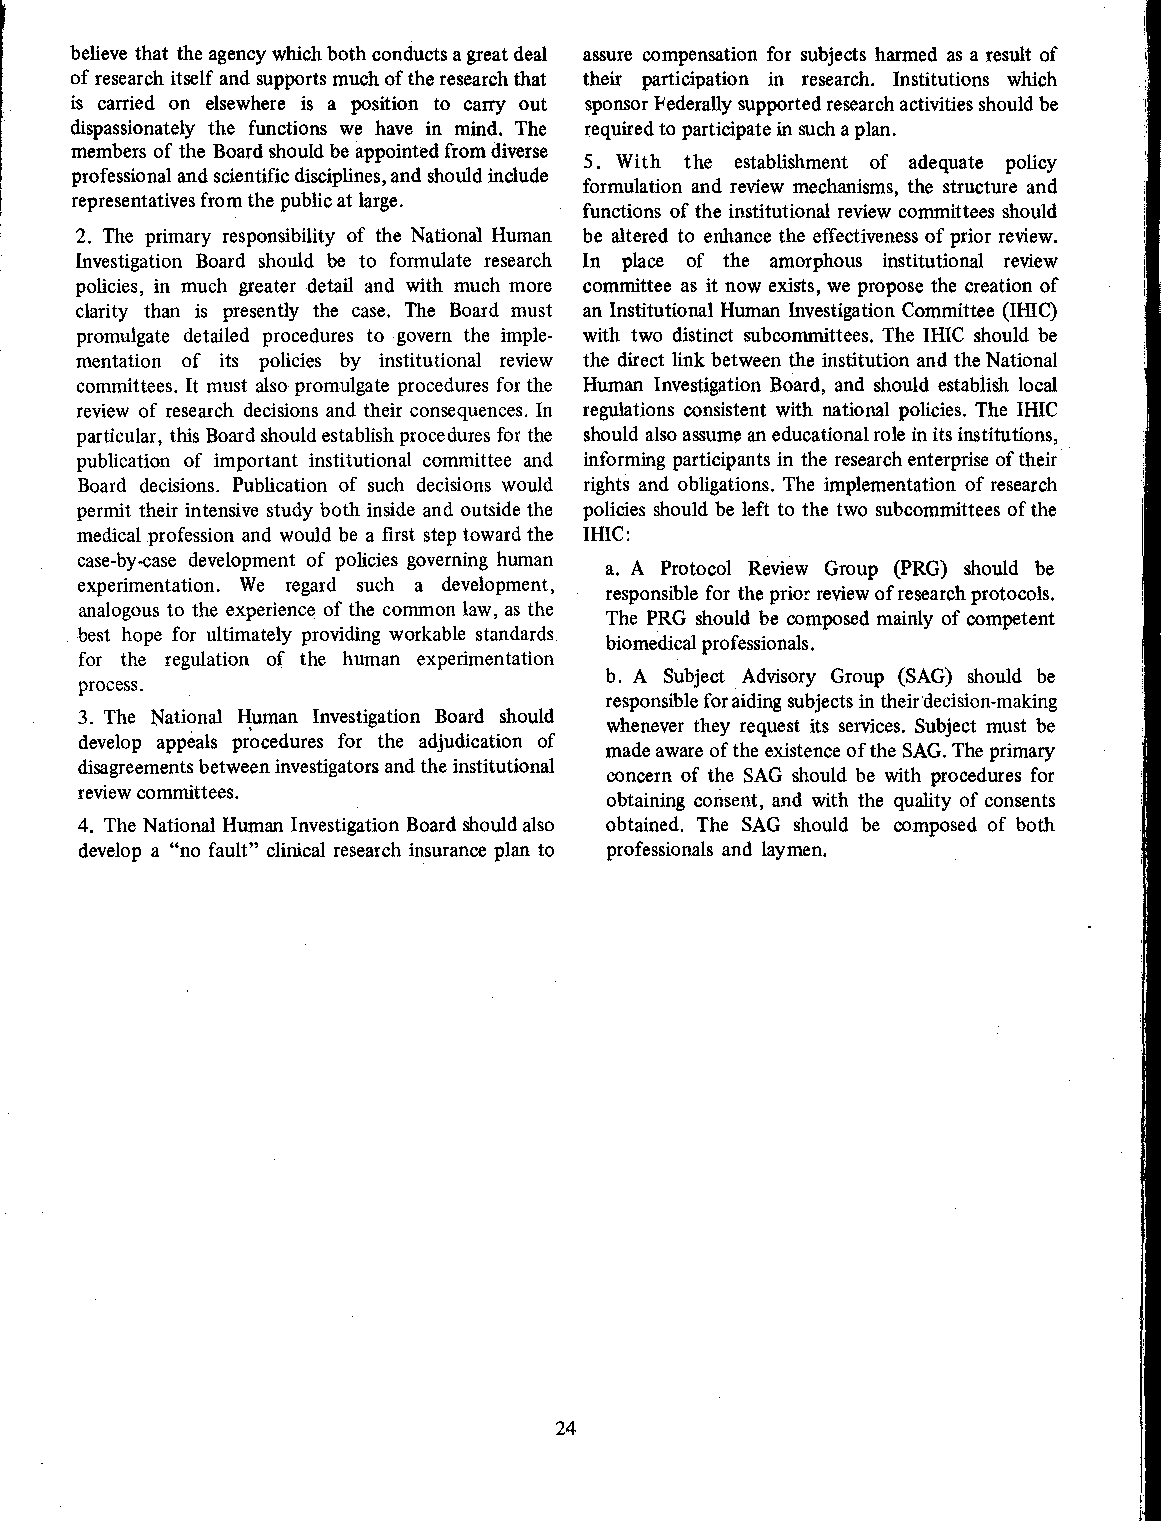
believe that the agency which both conducts a great deal assure compensation for subjects harmed as a result of
 of research itself and supports much of the research that their participation in research. Institutions which
 is carried on elsewhere is a position to carry out sponsor Federally supported research activities should be
 dispassionately the functions we have in mind . The required to participate in such a plan.
 members of the Board should be appointed from diverse
 5. With the establishment of adequate policy
 professional and scientific disciplines, and should include
 formulation and review mechanisms, the structure and
 representatives from the public at large.
 functions of the institutional review committees should
 2. The primary responsibility of the National Human be altered to enhance the effectiveness of prior review.
 Investigation Board should be to formulate research In place of the amorphous institutional review
 policies, in much greater detail and with much more committee as it now exists, we propose the creation of
 clarity than is presently the case. The Board must an Institutional Human Investigation Committee (IHIC)
 promulgate detailed procedures to govern the imple- with two distinct subcommittees. The IHIC should be
 mentation of its policies by institutional review the direct link between the institution and the National
 committees. It must also promulgate procedures for the Human Investigation Board, and should establish local
 review of research decisions and their consequences. In regulations consistent with national policies . The IHIC
 particular, this Board should establish procedures for the should also assume an educational role in its institutions,
 publication of important institutional committee and informing participants in the research enterprise of their
 Board decisions. Publication of such decisions would rights and obligations. The implementation of research
 permit their intensive study both inside and outside the policies should be left to the two subcommittees of the
 medical profession and would be a first step toward the IHIC:
 case-by-case development of policies governing human
 a. A Protocol Review Group (PRG) should be
 experimentation. We regard such a development,
 responsible for the prior review of research protocols.
 analogous to the experience of the common law, as the
 The PRG should be composed mainly of competent
 best hope for ultimately providing workable standards
 biomedical professionals .
 for the regulation of the human experimentation
 b. A Subject Advisory Group (SAG) should be
 process.
 responsible for aiding subjects in their' decision-making
 3. The National Human Investigation Board should
 whenever they request its services. Subject must be
 develop appeals procedures for the adjudication of
 made aware of the existence of the SAG. The primary
 disagreements between investigators and the institutional
 concern of the SAG should be with procedures for
 review committees.
 obtaining consent, and with the quality of consents
 4. The National Human Investigation Board should also obtained. The SAG should be composed of both
 develop a "no fault" clinical research insurance plan to professionals and laymen.
 24